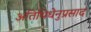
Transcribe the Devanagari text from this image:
अतिथिधेनुप्रसाद